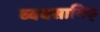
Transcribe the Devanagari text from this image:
व्यवसायिक्